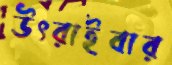
উৎরাইবার